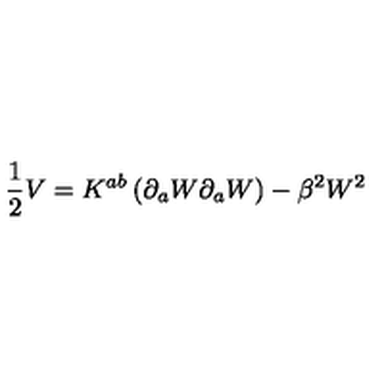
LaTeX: \frac { 1 } { 2 } V = K ^ { a b } \left( \partial _ { a } W \partial _ { a } W \right) - \beta ^ { 2 } W ^ { 2 }